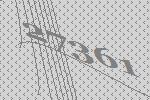
27361